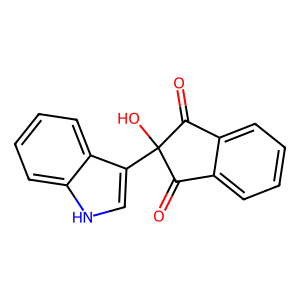
SMILES: O=C1c2ccccc2C(=O)C1(O)c1c[nH]c2ccccc12
Inhibits HIV replication: No